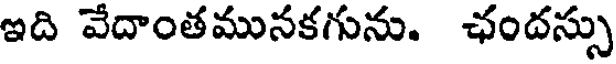
ఇది వేదాంతముసకగును. ఛందస్సు